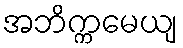
အဘိက္ကမေယျ